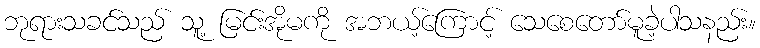
ဘုရားသခင်သည် သူ့ မြင်းအိုမကို အဘယ့်ကြောင့် သေစေတော်မူခဲ့ပါသနည်း။